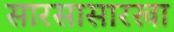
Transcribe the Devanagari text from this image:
सारसासारखा